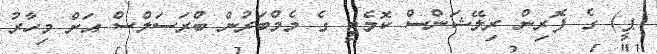
ޕީ) ގެ ފޮރިން ރިލޭޝަންސް ކޮމެޓީ ގެ މެމްބަރުން ބްރަސަލްސް އަށް މިހާރު